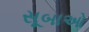
સૂબાઓ